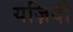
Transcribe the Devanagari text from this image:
यज़िदी